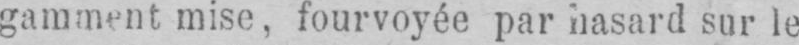
gamment mise, fourvoyée par hasard sur le